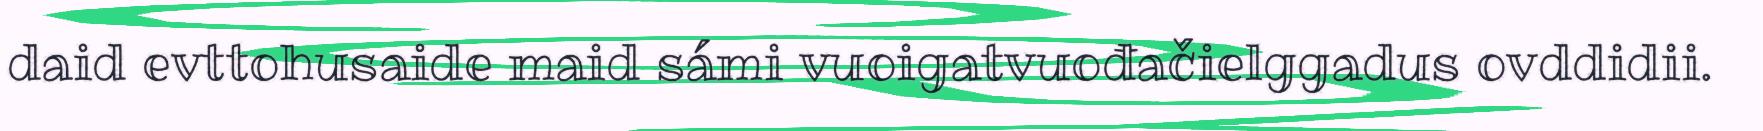
daid evttohusaide maid sámi vuoigatvuođačielggadus ovddidii.